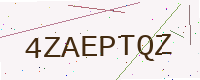
Text: 4ZAEPTQZ